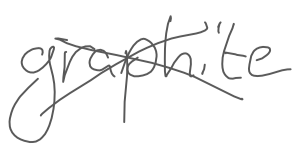
Text: graphite
Cross-out: cross
Writing tool: digital_gray